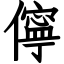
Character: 儜